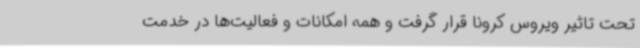
تحت تاثیر ویروس کرونا قرار گرفت و همه امکانات و فعالیت‌ها در خدمت